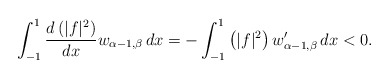
\begin{align*} \int_{-1}^1\frac{d\left(|f|^2\right)}{dx} w_{\alpha-1,\beta}\,dx = - \int_{-1}^1 \left(|f|^2\right) w_{\alpha-1,\beta}' \,dx < 0. \end{align*}